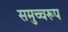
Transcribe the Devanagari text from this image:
समुच्चरूप